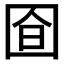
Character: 𭍞